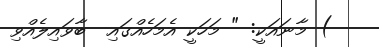
) މާނައަކީ: " މަހަކީ އެމަހެއްގައި  ބާވައިލެއްވި